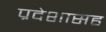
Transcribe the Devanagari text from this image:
प्रदेशासह